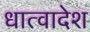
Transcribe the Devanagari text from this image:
धात्वादेश